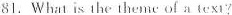
81. What is the theme of a text ?